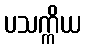
ပသက္ကိယ